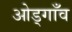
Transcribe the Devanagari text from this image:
ओड्गाँव